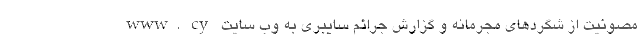
مصونیت از شگردهای مجرمانه و گزارش جرائم سایبری به وب سایت www. cy